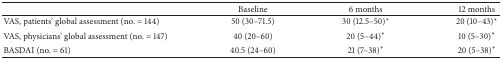
|  | Baseline | 6 months | 12 months |
 | --- | --- | --- | --- |
 | VAS, patients' global assessment (no. = 144) | 50 (30–71.5) | 30 (12.5–50)* | 20 (10–43)* |
 | VAS, physicians' global assessment (no. = 147) | 40 (20–60) | 20 (5–44)* | 10 (5–30)* |
 | BASDAI (no. = 61) | 40.5 (24–60) | 21 (7–38)* | 20 (5–38)* |